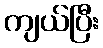
ကျယ်ပြီး